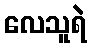
လေသူရဲ